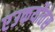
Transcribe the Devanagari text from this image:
एउकर्योतेस